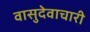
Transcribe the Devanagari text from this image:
वासुदेवाचारी